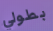
بطولي